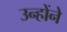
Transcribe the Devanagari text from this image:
उन्होंने